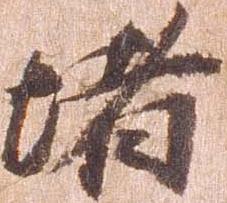
堵